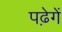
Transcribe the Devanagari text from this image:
पढ़ेगें